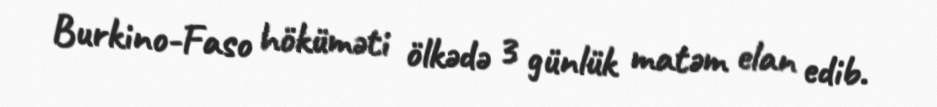
Burkino-Faso höküməti ölkədə 3 günlük matəm elan edib.